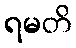
ရမတိ